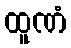
ထူဏံ